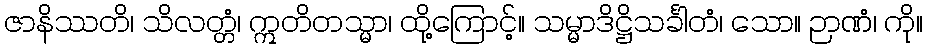
ဇာနိဿတိ၊ သိလတ္တံ၊ ဣတိတသ္မာ၊ ထို့ကြောင့်။ သမ္မာဒိဋ္ဌိသင်္ခါတံ၊ သော။ ဉာဏံ၊ ကို။